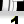
Digit: 1